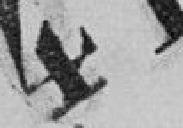
418